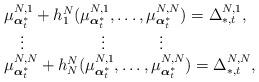
LaTeX: \begin{align*}\begin{array}{l} \mu^{N,1}_{\boldsymbol{\alpha}^*_t}+h_1^N(\mu^{N,1}_{\boldsymbol{\alpha}^*_t},\ldots,\mu^{N,N}_{\boldsymbol{\alpha}^*_t})=\Delta^{N,1}_{*,t},\\\quad\vdots \qquad\qquad~~\vdots\qquad~~~~\vdots\\\mu^{N,N}_{\boldsymbol{\alpha}^*_t}+h_N^N(\mu^{N,1}_{\boldsymbol{\alpha}^*_t},\ldots,\mu^{N,N}_{\boldsymbol{\alpha}^*_t})=\Delta^{N,N}_{*,t},\end{array}\end{align*}